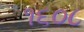
૧૬૦૮